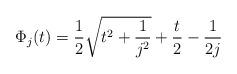
LaTeX: \begin{align*}\Phi_j(t)=\frac12\sqrt{t^2+\frac1{j^2}}+\frac t2 -\frac1{2j}\end{align*}